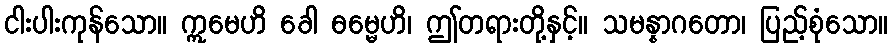
ငါးပါးကုန်သော။ ဣမေဟိ ခေါ ဓမ္မေဟိ၊ ဤတရားတို့နှင့်။ သမန္နာဂတော၊ ပြည့်စုံသော။